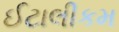
ઈટાલીકમ